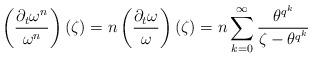
LaTeX: \begin{align*}\left(\frac{\partial_t\omega^n}{\omega^n}\right)(\zeta)=n\left(\frac{\partial_t \omega}{\omega}\right)(\zeta)=n\sum_{k=0}^{\infty}{\frac{\theta^{q^k}}{\zeta-\theta^{q^k}}}\end{align*}